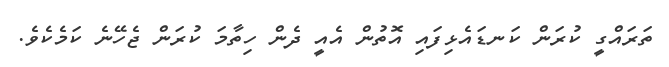
ތަރައްގީ ކުރަން ކަނޑައެޅިފައި އޮތުން އެއީ ދެން ހިތާމަ ކުރަން ޖެހޭނެ ކަމެކެވެ.